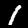
Label: 1